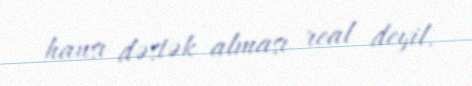
hansı dəstək alması real deyil.